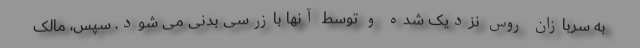
به سربازان روس نزدیک شده و توسط آنها بازرسی بدنی می شود. سپس، مالک